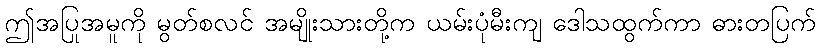
ဤအပြုအမူကို မွတ်စလင် အမျိုးသားတို့က ယမ်းပုံမီးကျ ဒေါသထွက်ကာ ဓားတပြက်